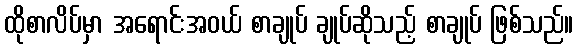
ထိုစာလိပ်မှာ အရောင်းအဝယ် စာချုပ် ချုပ်ဆိုသည့် စာချုပ် ဖြစ်သည်။